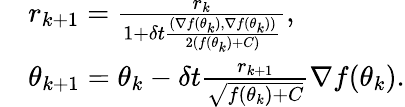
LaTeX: \begin{array}{rl}&{r_{k+1}=\frac{r_{k}}{1+\delta t\frac{(\nabla f(\theta_{k}),\nabla f(\theta_{k}))}{2(f(\theta_{k})+C)}},}\\ &{\theta_{k+1}=\theta_{k}-{\delta t}\frac{r_{k+1}}{\sqrt{f(\theta_{k})+C}}\nabla f(\theta_{k}).}\end{array}